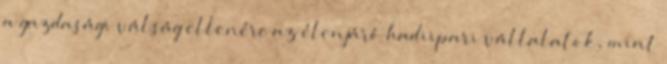
a gazdasági válság ellenére az élenjáró hadiipari vállalatok, mint